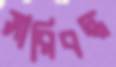
সারিবদ্ধ